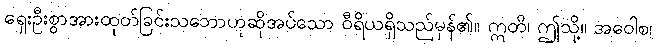
ရှေးဦးစွာအားထုတ်ခြင်းသဘောဟုဆိုအပ်သော ဝီရိယရှိသည်မှန်၏။ ဣတိ၊ ဤသို့။ အဝေါစ၊